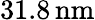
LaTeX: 31.8\, \mathrm{nm}